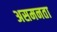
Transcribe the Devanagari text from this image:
असमनता